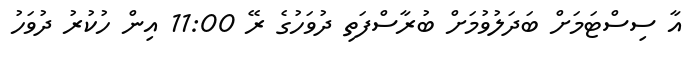
އާ ސިސްޓަމަށް ބަދަލުވުމަށް ބުރާސްފަތި ދުވަހުގެ ރޭ 11:00 އިން ހުކުރު ދުވަހު